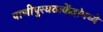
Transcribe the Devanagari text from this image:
पाणीपुरवठाकेंद्रांमध्ये